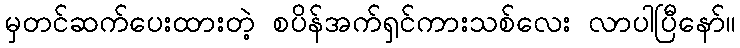
မှတင်ဆက်ပေးထားတဲ့ စပိန်အက်ရှင်ကားသစ်လေး လာပါပြီနော်။